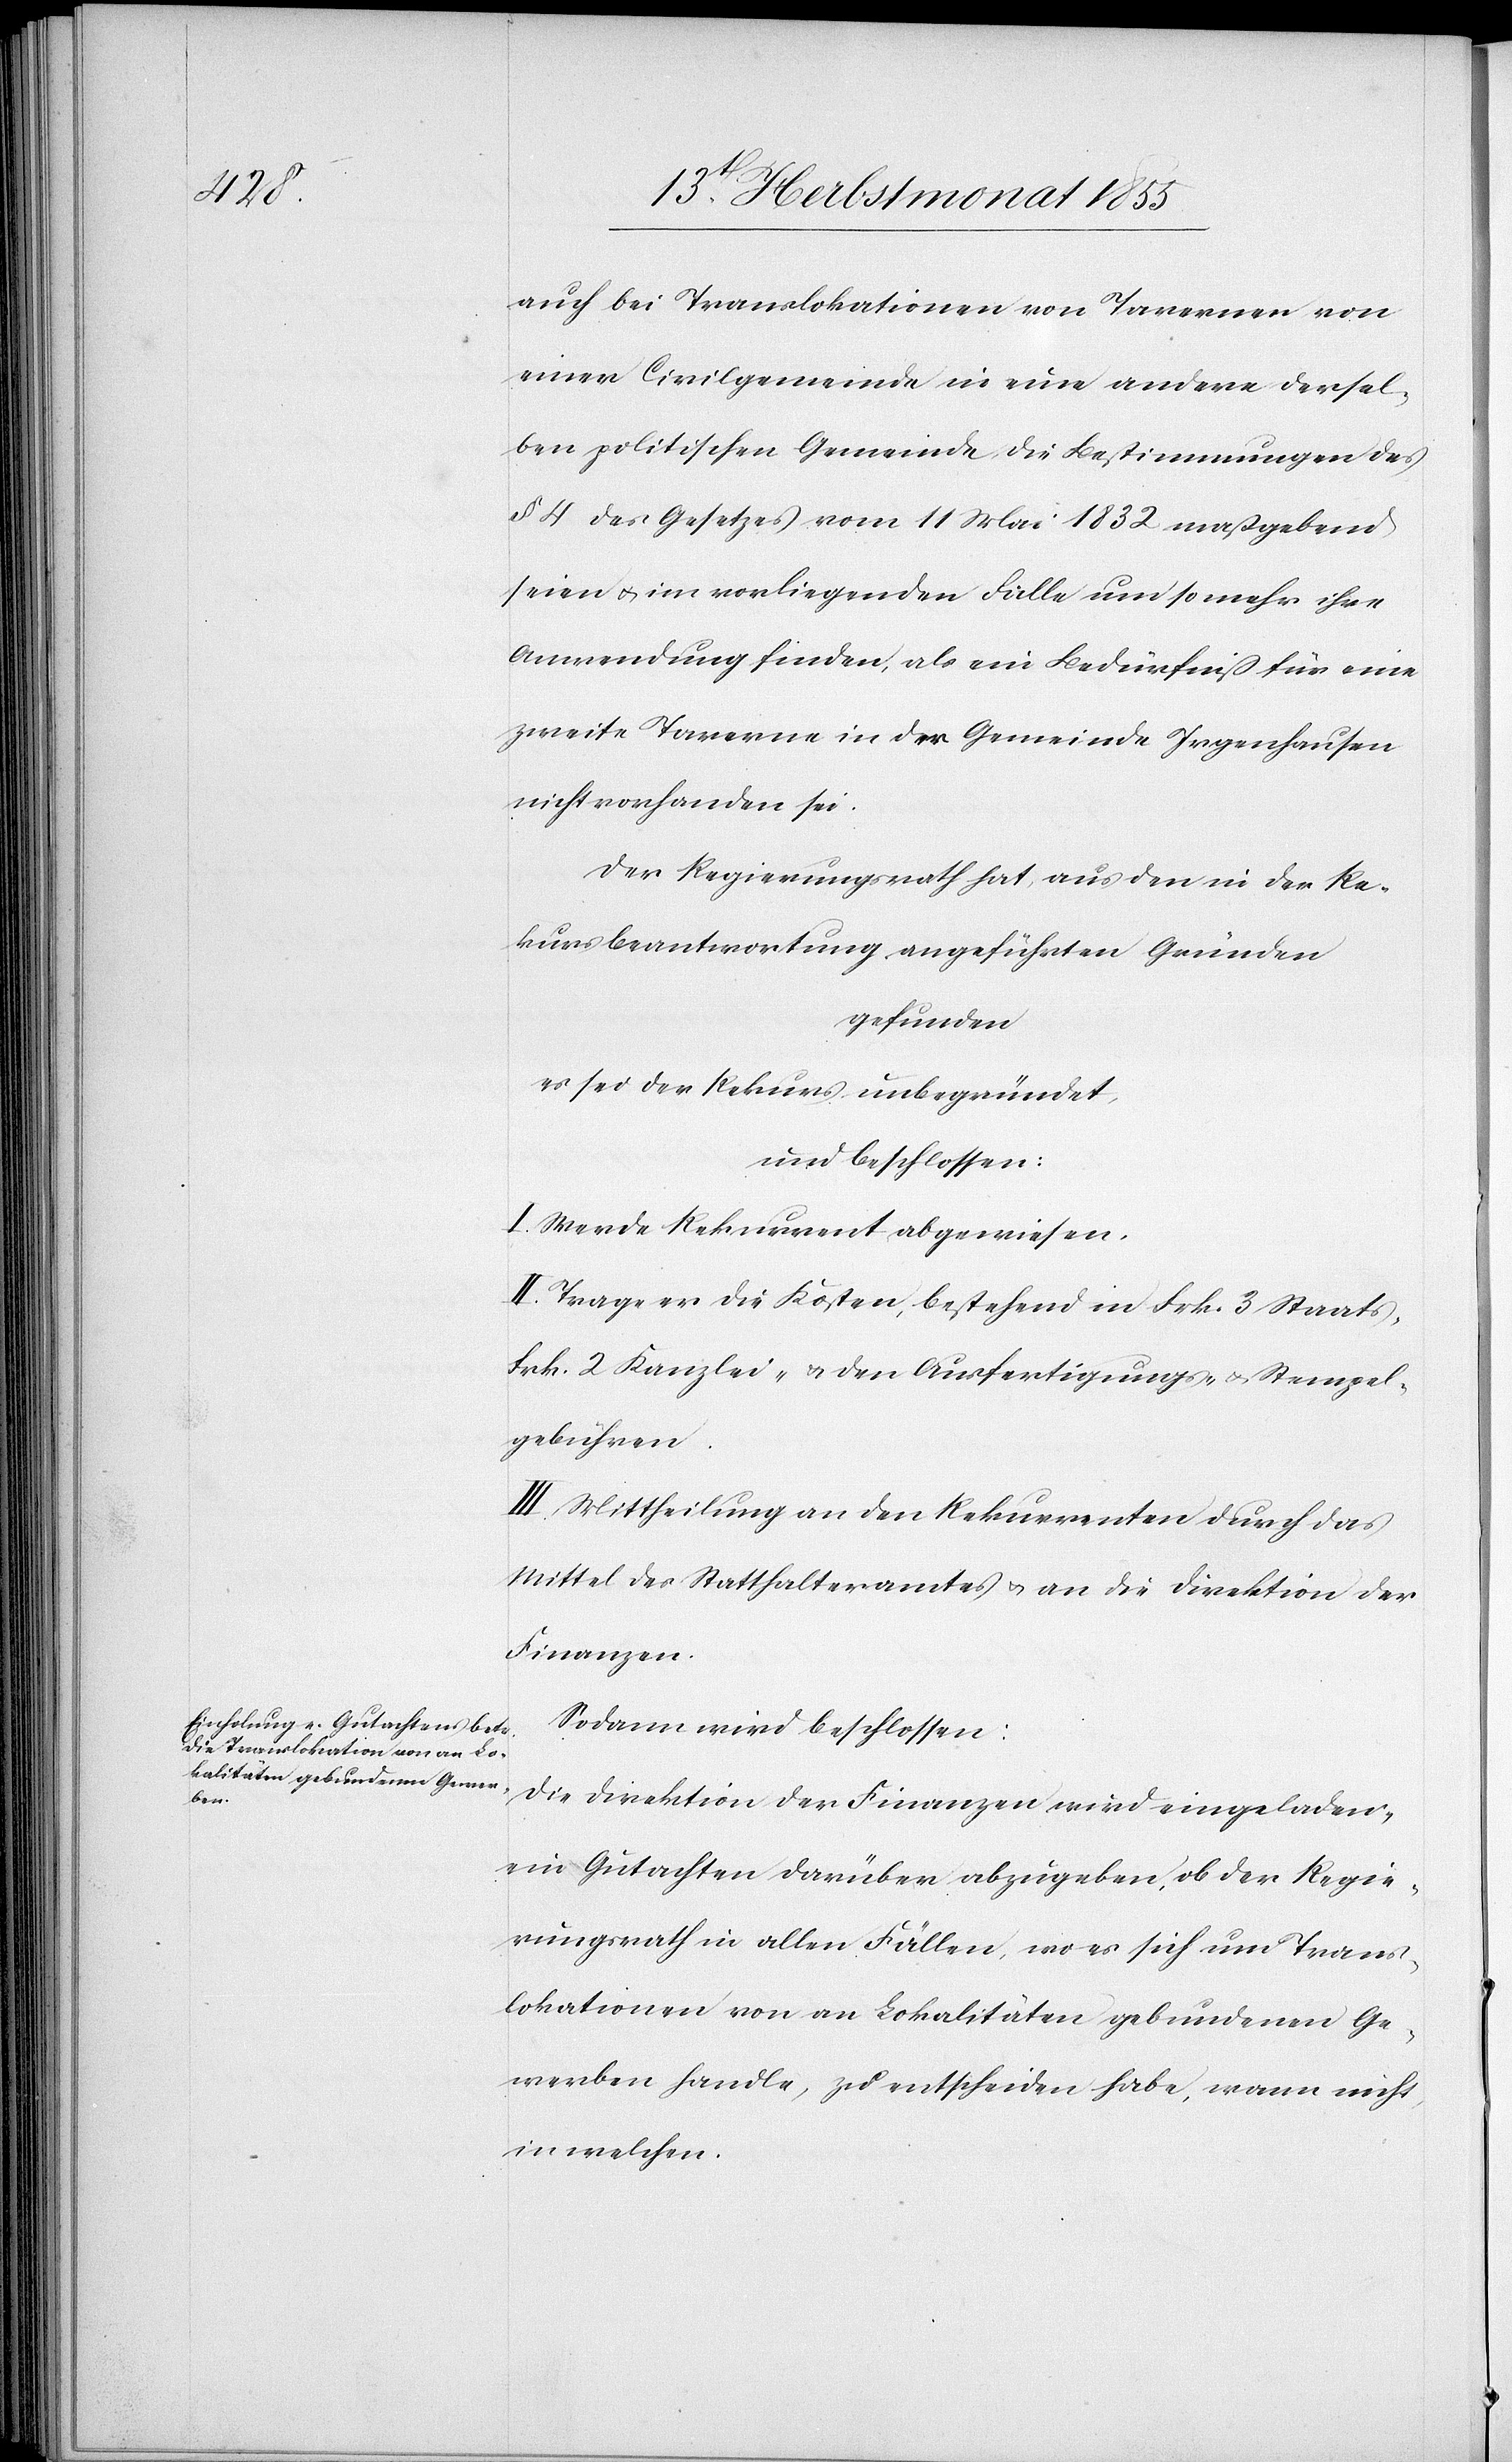
auch bei Translokationen von Tavernen von
einer Civilgemeinde in eine andere dersel¬
ben politischen Gemeinde, die Bestimmungen des
§ 4 des Gesetzes vom 11 Mai 1832 maßgebend
seien & im vorliegenden Falle um so mehr ihre
Anwendung finden, als ein Bedürfniß für eine
zweite Taverne in der Gemeinde Irgenhausen
nicht vorhanden sei.
Der Regierungsrath hat, aus den in der Re¬
kursbeantwortung angeführten Gründen
gefunden
es sei der Rekurs unbegründet,
und beschlossen:
I. Werde Rekurrent abgewiesen.
II. Trage er die Kosten, bestehend in Frk. 3 Staats-[,]
Frk. 2 Kanzlei- & den Ausfertigungs- & Stempel¬
gebühren.
III. Mittheilung an den Rekurrenten durch das
Mittel des Statthalteramtes & an die Direktion der
Finanzen.
Sodann wird beschlossen:
Die Direktion der Finanzen wird eingeladen,
ein Gutachten darüber abzugeben, ob der Regie¬
rungsrath in allen Fällen, wo es sich um Trans¬
lokationen von an Lokalitäten gebundenen Ge¬
werben handle, zu entscheiden habe, wann nicht,
in welchen.